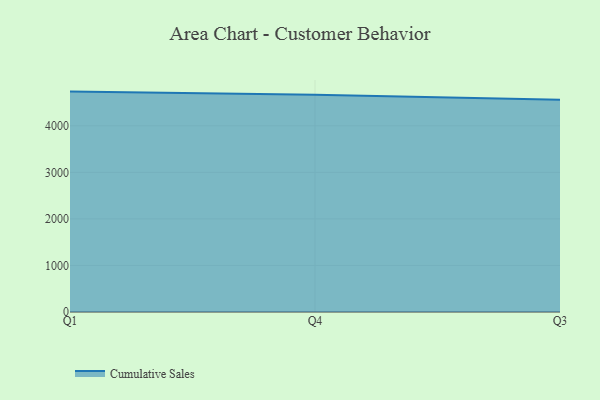
{"axis": {"x": "Quarter", "y": "Tickets Resolved"}, "legend": ["Cumulative Sales"], "data": [{"x": "Q1", "y": 4734.4, "type": "Cumulative Sales"}, {"x": "Q4", "y": 4667.6, "type": "Cumulative Sales"}, {"x": "Q3", "y": 4557.0, "type": "Cumulative Sales"}]}